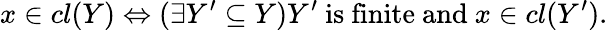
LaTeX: x\in cl(Y)\Leftrightarrow(\exists Y^{\prime}\subseteq Y)Y^{\prime}{\mathrm{~is~finite~and~}}x\in cl(Y^{\prime}).